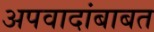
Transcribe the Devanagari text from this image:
अपवादांबाबत